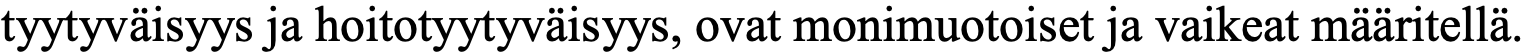
tyytyväisyys ja hoitotyytyväisyys, ovat monimuotoiset ja vaikeat määritellä.